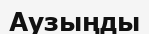
Аузыңды